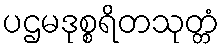
ပဌမဒုစ္စရိတသုတ္တံ